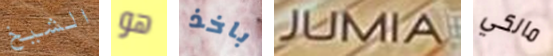
الشيخ هو باخذ JUMIA مالكي